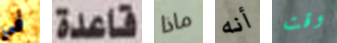
في قاعدة ماذا أنه وقت